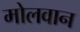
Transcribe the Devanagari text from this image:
मोलवान